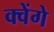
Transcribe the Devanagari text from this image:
क्वेंगे